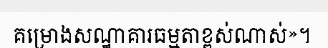
គម្រោងសណ្ឋាគារធម្មតាខ្ពស់ណាស់»។